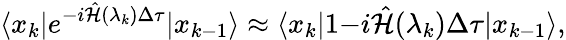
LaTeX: \langle x_{k}|e^{-i\hat{{\cal H}}(\lambda_{k})\Delta\tau}|x_{k-1}\rangle\approx\langle x_{k}|1{-i\hat{{\cal H}}(\lambda_{k})\Delta\tau}|x_{k-1}\rangle,